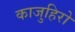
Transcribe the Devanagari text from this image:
काजुहिरो